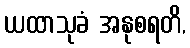
ယထာသုခံ အနုစရတိ,